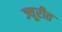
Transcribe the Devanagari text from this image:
ज्यूरीत